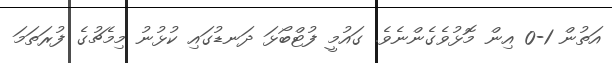
އަތުން 1-0 އިން މޮޅުވެގެންނެވެ. ގައުމީ ފުޓްބޯޅަ ދަނޑުގައި ކުޅުނު މިމެޗުގެ ފުރަތަމަ